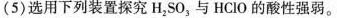
(5)选用下列装置探究H_{2}SO_{3}与HClO的酸性强弱。